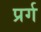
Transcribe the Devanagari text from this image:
प्रर्ग